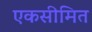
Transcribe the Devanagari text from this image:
एकसीमित